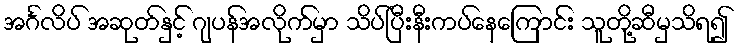
အင်္ဂလိပ် အဆုတ်နှင့် ဂျပန်အလိုက်မှာ သိပ်ပြီးနီးကပ်နေကြောင်း သူတို့ဆီမှသိရ၍